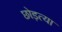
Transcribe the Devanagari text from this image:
छोड़त्या